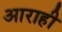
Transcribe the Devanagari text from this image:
आराही